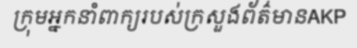
ក្រុមអ្នកនាំពាក្យរបស់ក្រសួងព័ត៌មានAKP